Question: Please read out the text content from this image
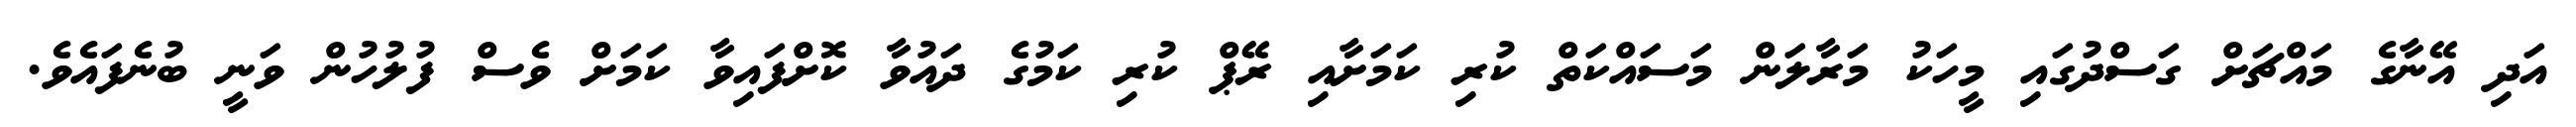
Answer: އަދި އޭނާގެ މައްޗަށް ގަސްދުގައި މީހަކު މަރާލަން މަސައްކަތް ކުރި ކަމަށާއި ރޭޕް ކުރި ކަމުގެ ދައުވާ ކޮށްފައިވާ ކަމަށް ވެސް ފުލުހުން ވަނީ ބުނެފައެވެ.